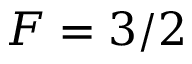
F = 3 / 2